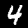
Label: 4